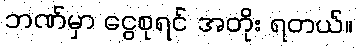
ဘဏ်မှာ ငွေစုရင် အတိုး ရတယ်။